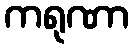
ကရုဏာ